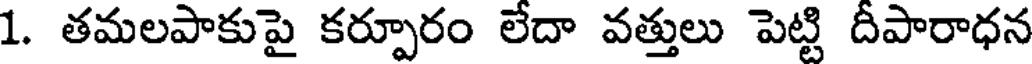
1. తమలపాకుపై కర్పూరం లేదా వత్తులు పెట్టి దీపారాధన